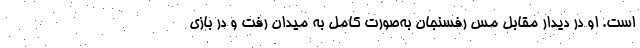
است. او در دیدار مقابل مس رفسنجان به‌صورت کامل به میدان رفت و در بازی